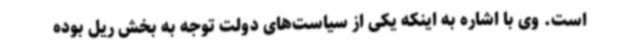
است. وی با اشاره به اینکه یکی از سیاست‌های دولت توجه به بخش ریل بوده